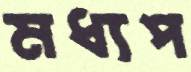
মধ্যপ